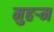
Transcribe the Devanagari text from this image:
मुहर्‍म